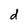
Character: d